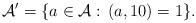
LaTeX: \begin{align*}\mathcal{A}'=\{a\in\mathcal{A}{}:\,(a,10)=1\}.\end{align*}